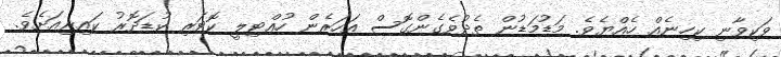
ވަކިވާނި ކިހިނެއް ހެއްޔެވެ. މަޑުމަޑުން ތެދުވެގެންގޮސް އަހަރެން ހުއްޓިލީ ކޮޓަރި ކުޑަދޮރު ކައިރިއަށެވެ.